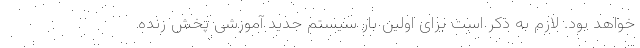
خواهد بود. لازم به ذکر است برای اولین بار سیستم جدید آموزشی پخش زنده